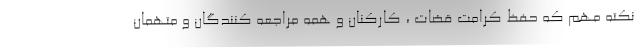
نکته مهم که حفظ کرامت قضات ، کارکنان و همه مراجعه کنندگان و متهمان